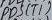
Text: PD5